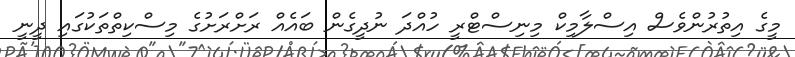
މީގެ އިތުރުންވެސް އިސްލާމިކް މިނިސްޓްރީ ހުއްދަ ނުދީގެން ބައެއް ރަށްރަށުގެ މިސްކިތްތަކުގައި ދީނީ